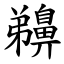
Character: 䶏